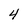
Character: 4